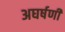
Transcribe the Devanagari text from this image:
अघर्षणी